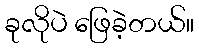
ခုလိုပဲ ဖြေခဲ့တယ်။